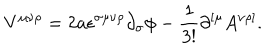
LaTeX: V ^ { \mu \nu \rho } = 2 a \epsilon ^ { \sigma \mu \nu \rho } \partial _ { \sigma } \phi - \frac { 1 } { 3 ! } \partial ^ { [ \mu } A ^ { \nu \rho ] } .